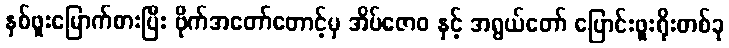
နှစ်ဖူးမြောက်စားပြီး ဗိုက်အတော်တောင့်မှ အိပ်ဇောဝ နှင့် အရွယ်တော် ပြောင်းဖူးရိုးတစ်ခု